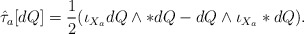
\begin{align*}\hat\tau_{a}[dQ] =\frac{1}{2} (\iota_{X_a}dQ \wedge *dQ - dQ \wedge \iota_{X_a}*dQ).\end{align*}